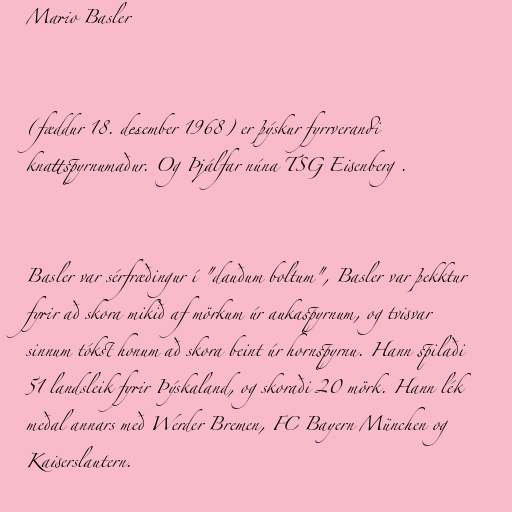
Mario Basler

(fæddur 18. desember 1968) er þýskur fyrrverandi
knattspyrnumaður. Og Þjálfar núna TSG Eisenberg .

Basler var sérfræðingur í "dauðum boltum", Basler var þekktur
fyrir að skora mikið af mörkum úr aukaspyrnum, og tvisvar
sinnum tókst honum að skora beint úr hornspyrnu. Hann spilaði
51 landsleik fyrir Þýskaland, og skoraði 20 mörk. Hann lék
meðal annars með Werder Bremen, FC Bayern München og
Kaiserslautern.